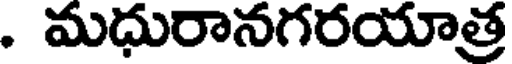
. మధురానగరయాత్ర